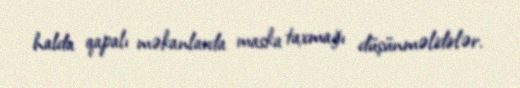
halda qapalı məkanlarda maska taxmağı düşünməlidirlər.